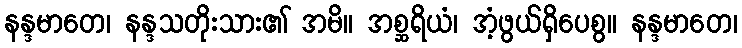
နန္ဒမာတေ၊ နန္ဒသတိုးသား၏ အမိ။ အစ္ဆရိယံ၊ အံ့ဖွယ်ရှိပေစွ။ နန္ဒမာတေ၊